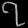
Digit: ၇